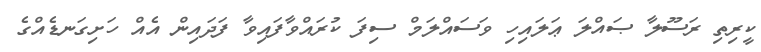
ކީރިތި ރަސޫލާ ޞައްލަ ޢަލައިހި ވަސައްލަމް ސިފަ ކުރައްވާފައިވާ ފަދައިން އެއް ހަށިގަނޑެއްގެ